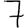
Digit: 7